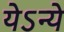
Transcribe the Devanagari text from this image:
येऽन्ये